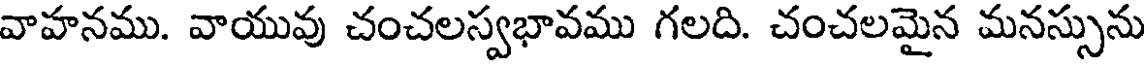
వాహనము. వాయువు చంచలస్వభావము గలది. చంచలమైన మనస్సును